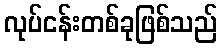
လုပ်ငန်းတစ်ခုဖြစ်သည်